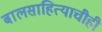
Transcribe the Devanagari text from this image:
बालसाहित्याचीही